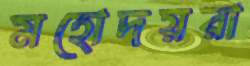
মহোদয়রা